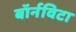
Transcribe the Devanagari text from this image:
बॉर्नविटा